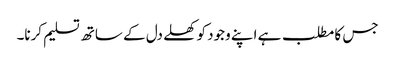
جس کا مطلب ہے اپنے وجود کو کھلے دل کے ساتھ تسلیم کرنا۔